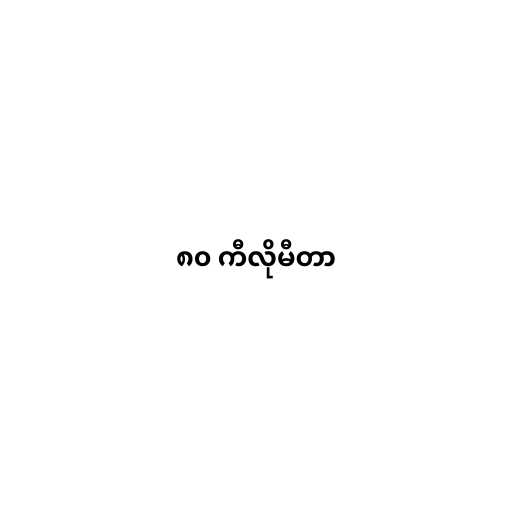
၈၀ ကီလိုမီတာ